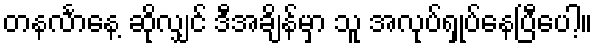
တနင်္လာနေ့ ဆိုလျှင် ဒီအချိန်မှာ သူ အလုပ်ရှုပ်နေပြီပေါ့။